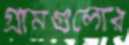
গ্রামগুলোর